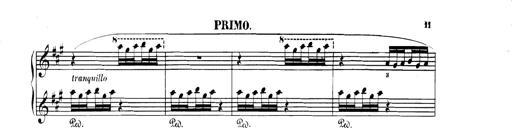
Title: Spinnerlied aus dem Fliegenden HollÃ¤nder
Composer: Franz Liszt